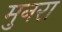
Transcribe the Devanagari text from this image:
मुनरा